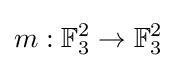
m:\mathbb {F} _{3}^{2}\to \mathbb {F} _{3}^{2}